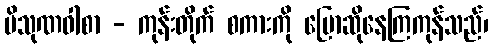
ပိသုဏဝါစာ - ကုန်းတိုက် စကားကို ပြောဆိုနေကြကုန်သည်၊